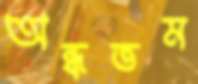
অন্ধতম